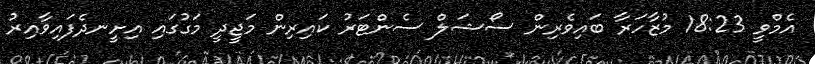
އެމްވީ 18:23 މުޒާހަރާ ބައިވެރިން ސޯޝަލް ސެންޓަރު ކައިރިން މަޖީދީ މަގުގައި އިށީނދެފައިވާއިރު